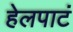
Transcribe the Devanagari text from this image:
हेलपाटं